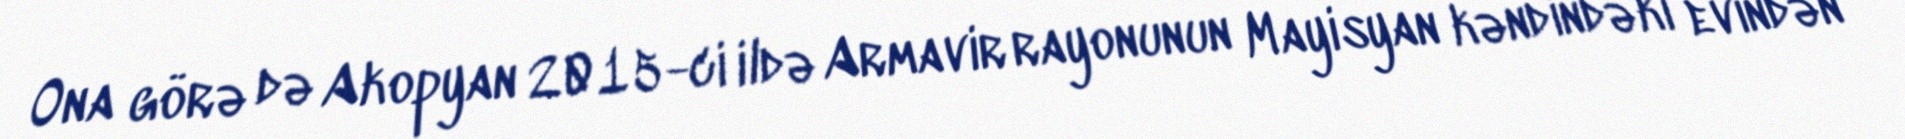
Ona görə də Akopyan 2015-ci ildə Armavir rayonunun Mayisyan kəndindəki evindən